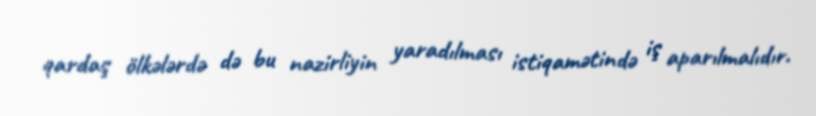
qardaş ölkələrdə də bu nazirliyin yaradılması istiqamətində iş aparılmalıdır.